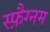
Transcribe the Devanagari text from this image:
स्फ़ैग्नम